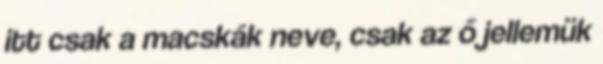
itt csak a macskák neve, csak az ő jellemük